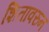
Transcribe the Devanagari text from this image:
शितावरुन